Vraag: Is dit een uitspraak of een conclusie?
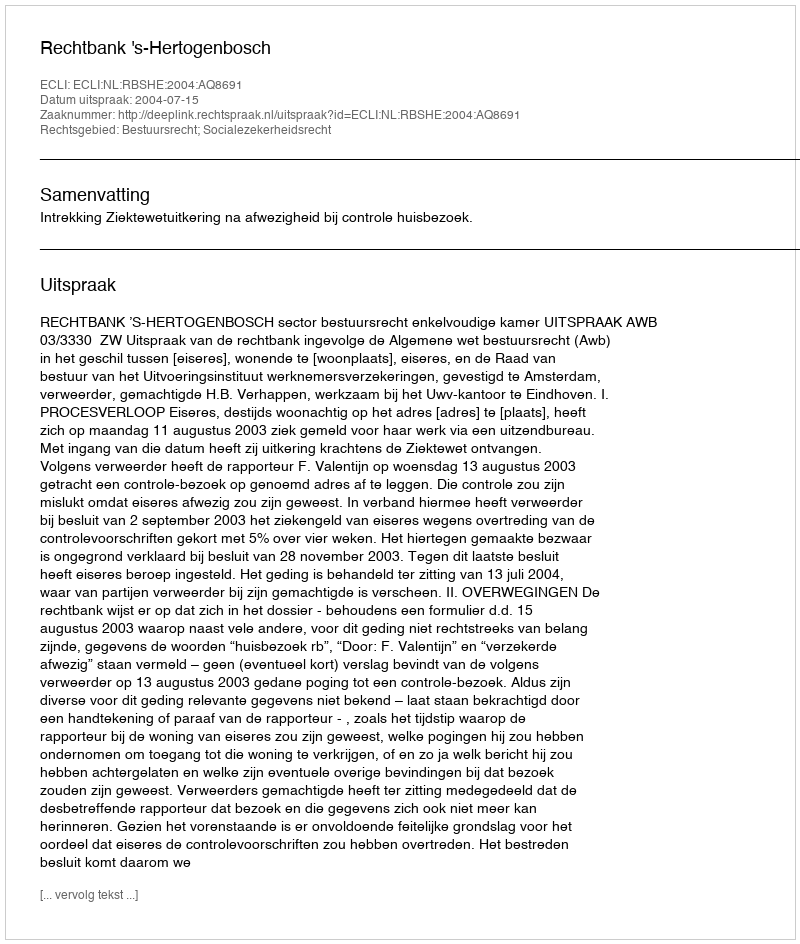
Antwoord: Uitspraak